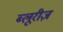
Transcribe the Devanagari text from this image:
ब्लूरीज़